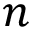
n